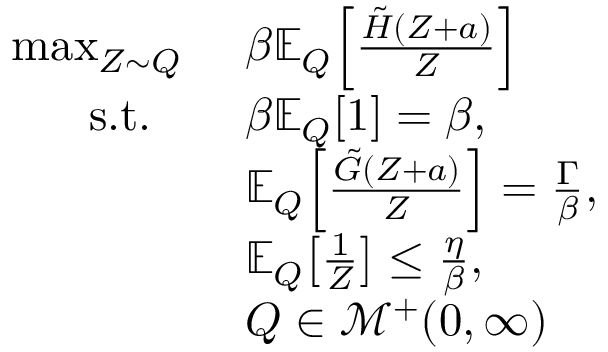
\begin{array} { r l } { \operatorname* { m a x } _ { Z \sim Q } \ } & { \beta \mathbb { E } _ { Q } \Big [ \frac { \tilde { H } ( Z + a ) } { Z } \Big ] } \\ { \mathrm { ~ s . t . ~ } \ \ } & { \beta \mathbb { E } _ { Q } [ 1 ] = \beta , } \\ & { \mathbb { E } _ { Q } \Big [ \frac { \tilde { G } ( Z + a ) } { Z } \Big ] = \frac { \Gamma } { \beta } , } \\ & { \mathbb { E } _ { Q } \big [ \frac { 1 } { Z } \big ] \leq \frac { \eta } { \beta } , } \\ & { Q \in \mathscr { M } ^ { + } ( 0 , \infty ) } \end{array}